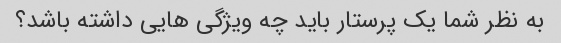
به نظر شما یک پرستار باید چه ویژگی هایی داشته باشد؟